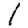
Digit: 1